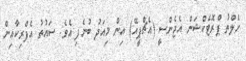
ހެލްތު ޕްރޮޓެކްޝަން އެޖެންސީ (އެޗްޕީއޭ) އިން މިއަދު ބުނެފި އެވެ. ސައުތު އެފްރިކާއިން